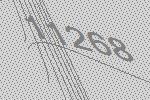
11268